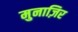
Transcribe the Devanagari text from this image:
मुनाज़िर